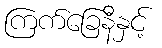
ကြက်ခြေနီနှင့်